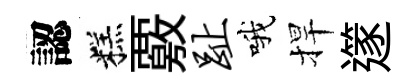
認糕覈趾哦捍𨗹